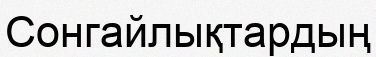
Сонгайлықтардың